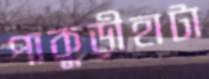
পাকুড়ীহাটা